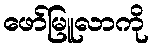
ဖော်မြူလာကို